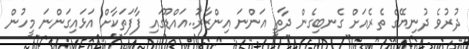
ދުރުވެ ދުނިޔޭގެ ތެރެއަށް ގެނބިގެން ދާތީ އަންނަ އިންޒާރު..އައްޑޫގައި ފާފަތަކާށް އަޅައިގަންނަ މީހުން